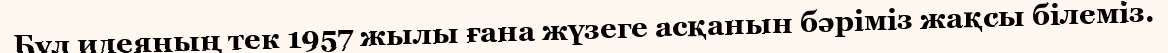
Бұл идеяның тек 1957 жылы ғана жүзеге асқанын бәріміз жақсы білеміз.